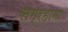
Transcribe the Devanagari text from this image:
संग्रहाना